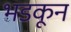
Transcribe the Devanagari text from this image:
भडकून